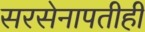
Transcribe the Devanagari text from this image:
सरसेनापतीही